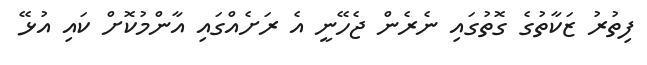
ފިތުރު ޒަކާތުގެ ގޮތުގައި ނެރެން ޖެހޭނީ އެ ރަށެއްގައި އާންމުކޮށް ކައި އުޅޭ